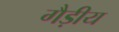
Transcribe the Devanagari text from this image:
गैड़ीय